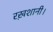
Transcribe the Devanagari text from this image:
रख़शानी।